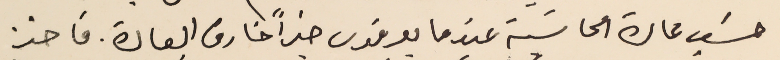
حسَب عادة الحاشية عندما يعرفون خبراً خارق العادة. فاخذ